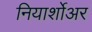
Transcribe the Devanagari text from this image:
नियार्शोअर